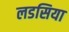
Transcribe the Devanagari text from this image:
लडसिया